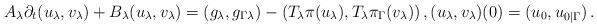
LaTeX: \begin{align*} A_\lambda\partial_t(u_\lambda,v_\lambda) + B_\lambda(u_\lambda,v_\lambda)= (g_\lambda,g_{\Gamma\lambda}) - (T_\lambda\pi(u_\lambda), T_\lambda\pi_\Gamma(v_\lambda))\,, (u_\lambda, v_\lambda)(0) = (u_0, u_{0|\Gamma})\,.\end{align*}